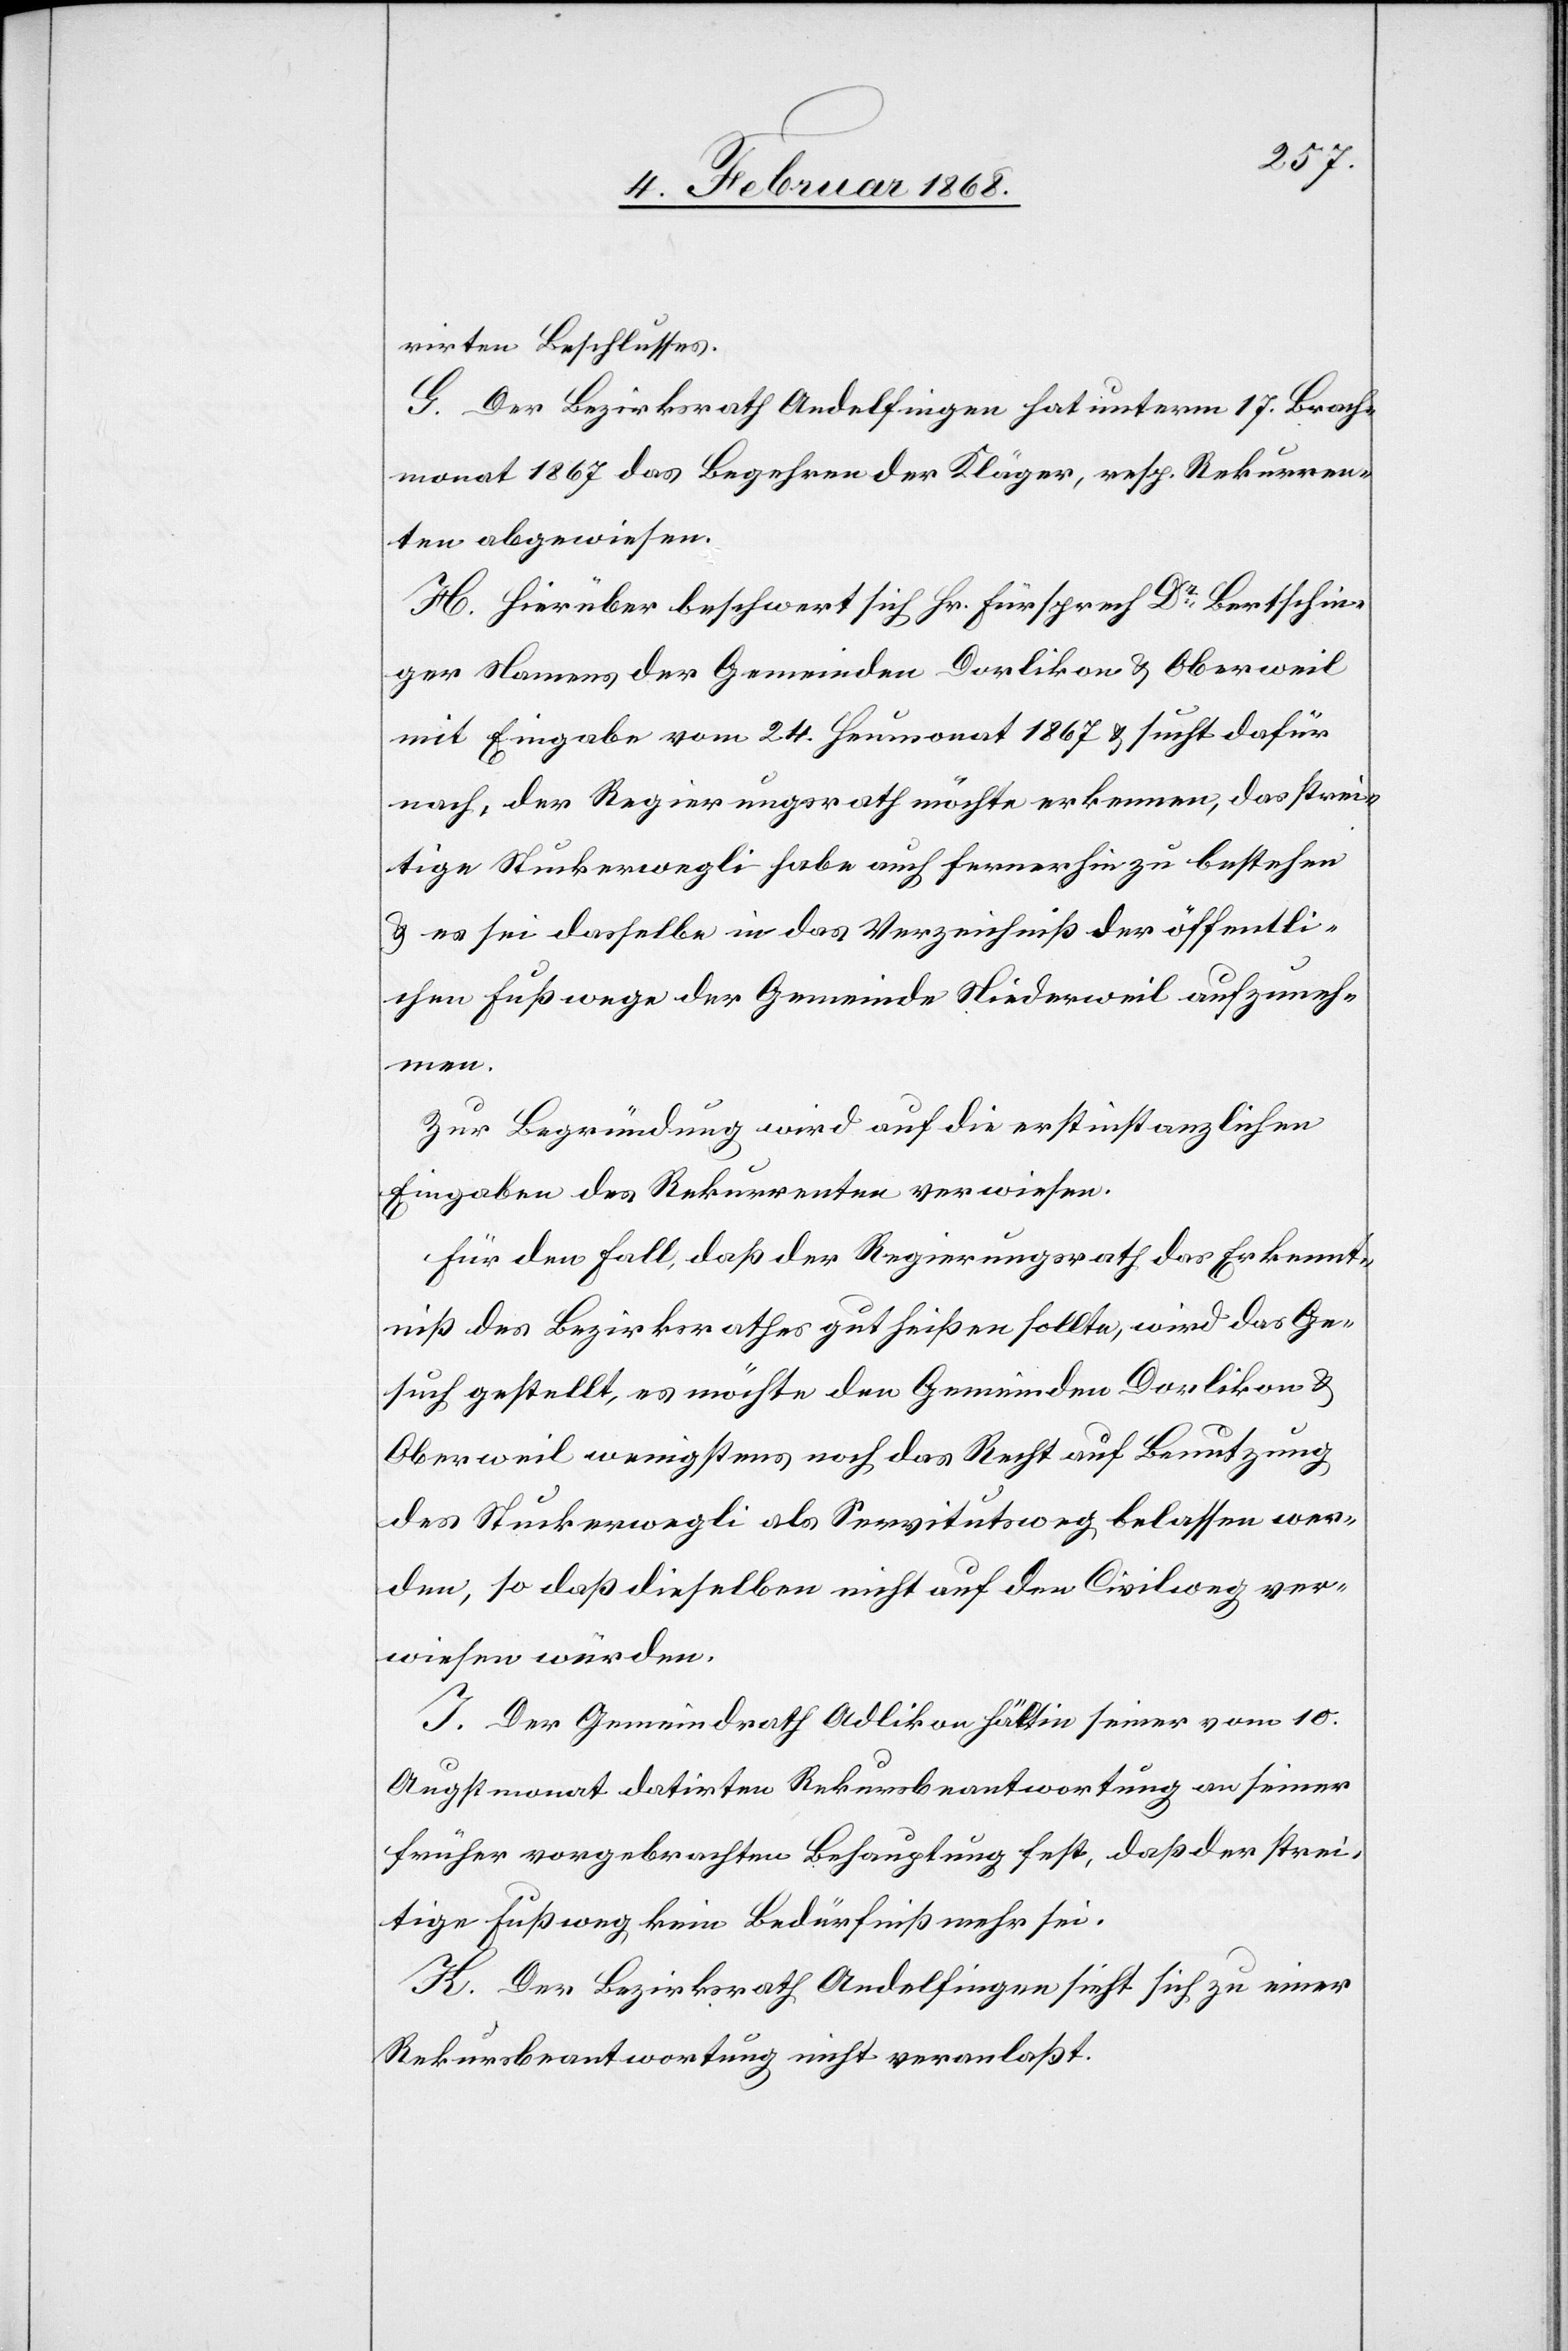
rirten Beschlusses.
G. Der Bezirksrath Andelfingen hat unterm 17. Brach¬
monat 1867 das Begehren der Kläger, resp. Rekurren¬
ten abgewiesen.
H. Hierüber beschwert sich Hr. Fürsprech Dr. Bertschin¬
ger Namens der Gemeinden Dorlikon & Oberweil
mit Eingabe vom 24. Heumonat 1867 & sucht dafür
nach, der Regierungsrath möchte erkennen, das strei¬
tige Stuckerwegli habe auch fernerhin zu bestehen
& es sei dasselbe in das Verzeichniß der öffentli¬
chen Fußwege der Gemeinde Niederweil aufzuneh¬
men.
Zur Begründung wird auf die erstinstanzlichen
Eingaben des Rekurrenten verwiesen.
Für den Fall, daß der Regierungsrath das Erkennt¬
niß des Bezirksrathes gutheißen sollte, wird das Ge¬
such gestellt, es möchte den Gemeinden Dorlikon &
Oberweil wenigstens noch das Recht auf Benutzung
des Stuckerwegli als Servitutsweg belassen wer¬
den, so daß dieselben nicht auf den Civilweg ver¬
wiesen würden.
I. Der Gemeindrath Adlikon hält in seiner vom 10.
Augstmonat datirten Rekursbeantwortung an seiner
früher vorgebrachten Behauptung fest, daß der strei¬
tige Fußweg kein Bedürfniß mehr sei.
K. Der Bezirksrath Andelfingen sieht sich zu einer
Rekursbeantwortung nicht veranlaßt.